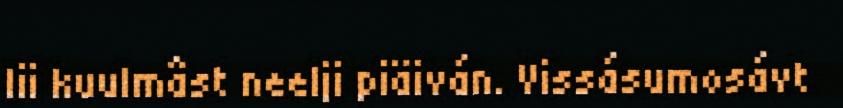
lii kuulmâst neelji piäiván. Vissásumosávt